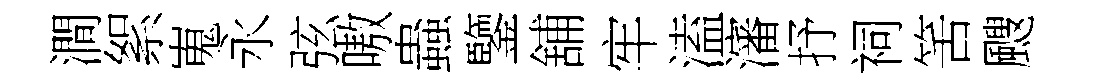
澗絮嵬永弦嗷蟲鑒舖牢溘瀋抒祠筈颼